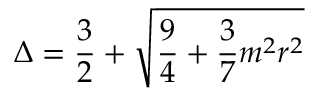
\Delta = \frac { 3 } { 2 } + \sqrt { \frac { 9 } { 4 } + \frac { 3 } { 7 } m ^ { 2 } r ^ { 2 } }